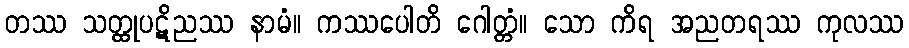
တဿ သတ္ထုပဋိညဿ နာမံ။ ကဿပေါတိ ဂေါတ္တံ။ သော ကိရ အညတရဿ ကုလဿ